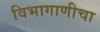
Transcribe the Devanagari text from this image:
विभागाणीचा